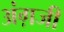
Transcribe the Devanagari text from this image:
अंग़जी